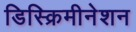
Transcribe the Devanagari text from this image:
डिस्क्रिमीनेशन